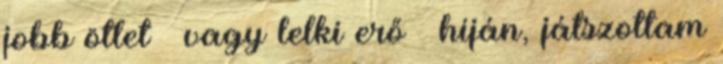
jobb ötlet – vagy lelki erő – híján, játszottam